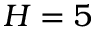
H = 5